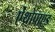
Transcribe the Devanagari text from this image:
ऐंथ्रोपाएड